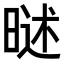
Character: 𣉐